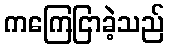
ကကြေငြာခဲ့သည်